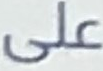
على